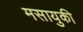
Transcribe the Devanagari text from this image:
मसायुकी